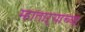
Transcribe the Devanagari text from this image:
म्हाताऱ्याच्या